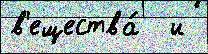
в'ещества́  и